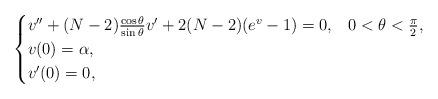
LaTeX: \begin{align*}\begin{cases}v''+(N-2)\frac{\cos\theta}{\sin\theta}v'+2(N-2)(e^v-1)=0, & 0<\theta<\frac{\pi}{2},\\v(0)=\alpha,\\v'(0)=0,\end{cases}\end{align*}